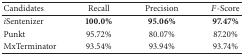
<table><thead><tr><td><b>Candidates</b></td><td><b>Recall</b></td><td><b>Precision</b></td><td><b><i>F</i>-Score</b></td></tr></thead><tbody><tr><td><i>i</i>Sentenizer</td><td><b>100.0%</b></td><td><b>95.06%</b></td><td><b>97.47%</b></td></tr><tr><td>Punkt</td><td>95.72%</td><td>80.07%</td><td>87.20%</td></tr><tr><td>MxTerminator</td><td>93.54%</td><td>93.94%</td><td>93.74%</td></tr></tbody></table>